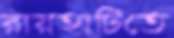
রায়হাটিতে